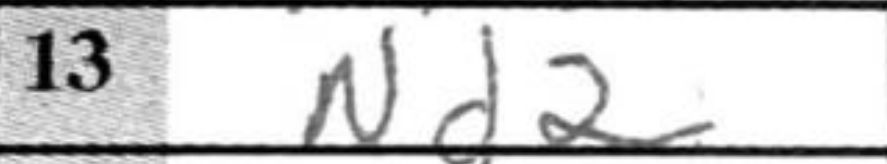
Transcription: Nd2